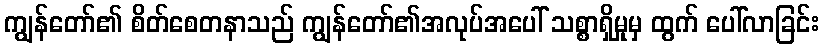
ကျွန်တော်၏ စိတ်စေတနာသည် ကျွန်တော်၏အလုပ်အပေါ် သစ္စာရှိမှုမှ ထွက် ပေါ်လာခြင်း